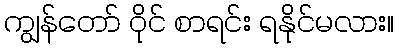
ကျွန်တော် ဝိုင် စာရင်း ရနိုင်မလား။